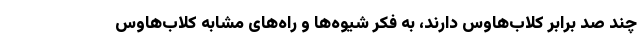
چند صد برابر کلاب‌هاوس دارند، به فکر شیوه‌ها و راه‌های مشابه کلاب‌هاوس